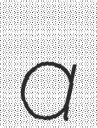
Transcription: a